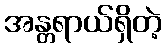
အန္တရာယ်ရှိတဲ့